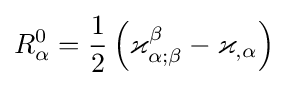
R_{\alpha }^{0}={\frac {1}{2}}\left(\varkappa _{\alpha ;\beta }^{\beta }-\varkappa _{,\alpha }\right)